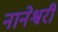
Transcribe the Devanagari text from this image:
नानेश्वरी